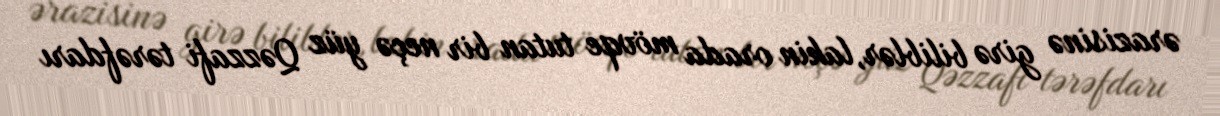
ərazisinə girə biliblər, lakin orada mövqe tutan bir neçə yüz Qəzzafi tərəfdarı